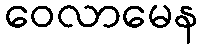
ဝေလာမေန